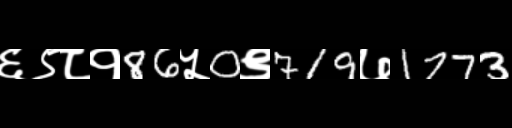
Text: ६९८१86५0९719७1773